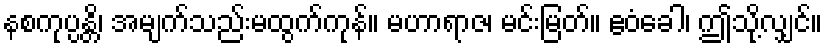
နစကုပ္ပန္တိ၊ အမျက်သည်းမထွက်ကုန်။ မဟာရာဇ၊ မင်းမြတ်။ ဧဝံခေါ၊ ဤသို့လျှင်။